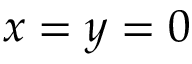
x = y = 0